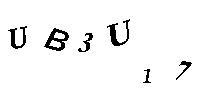
UB3U17